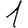
Digit: 1